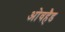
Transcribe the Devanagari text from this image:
ओवहैड